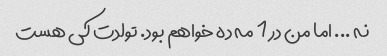
نه ... اما من در 1 مه ده خواهم بود. تولدت کی هست